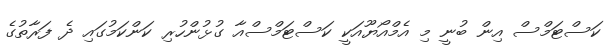
ކަސްޓަމްސް އިން ބުނީ މި އެމްއޯޔޫއަކީ ކަސްޓަމްސްއާ ގުޅުންހުރި ކަންކަމުގައި ދެ ފަރާތުގެ